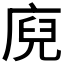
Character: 𭙢